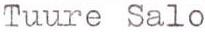
Tuure Salo